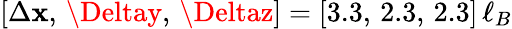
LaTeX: [\Delta\mathbf{x},\, \Deltay,\, \Deltaz]=[3.3,\, 2.3,\, 2.3]\, \ell_{B}